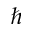
\hbar